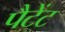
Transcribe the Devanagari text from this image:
पैटेंट